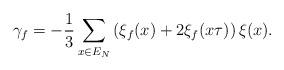
\begin{align*}\gamma_f = -\frac13 \sum_{x \in E_N} \left(\xi_f(x)+2\xi_f(x \tau)\right) \xi(x).\end{align*}